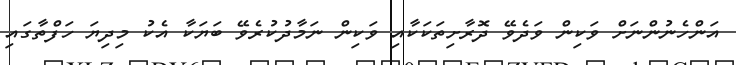
އަންހެނުންނަށް ވަކިން ވަދެވޭ ދޮރާށިތަކަކާއި ވަކިން ނަމާދުކުރެވޭ ބަޔަކާ އެކު މިދިޔަ ހަފްތާގައި